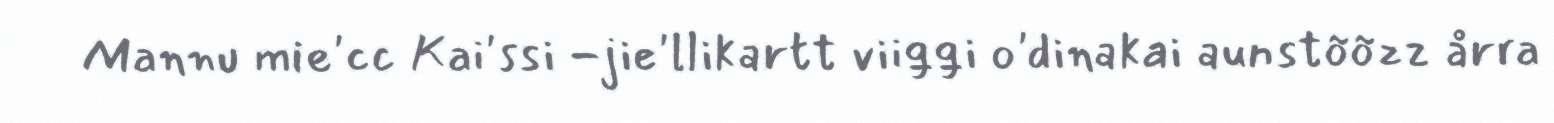
Mannu mie'cc Kai'ssi -jie'llikartt viiǥǥi o'dinakai aunstõõzz årra